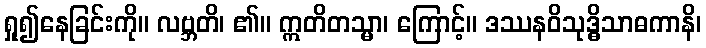
ရှု၍နေခြင်းကို။ လဗ္ဘတိ၊ ၏။ ဣတိတသ္မာ၊ ကြောင့်။ ဒဿနဝိသုဒ္ဓိသာဓကာနိ၊